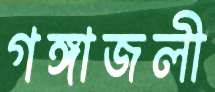
গঙ্গাজলী